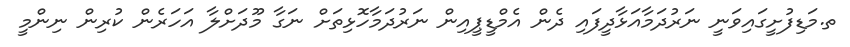
ތ.މަޑިފުށީގައިވަނީ ނަރުދަމާއަޅާދީފައި ދެން އެމްޑީޕީއިން ނަރުދަމާހޮޅިތަށް ނަގާ މޫދަށްލާ އަހަރެން ކުރިން ނިންމީ